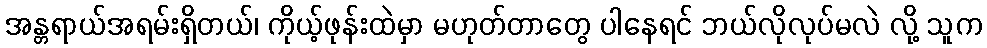
အန္တရာယ်အရမ်းရှိတယ်၊ ကိုယ့်ဖုန်းထဲမှာ မဟုတ်တာတွေ ပါနေရင် ဘယ်လိုလုပ်မလဲ လို့ သူက